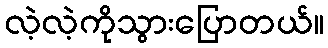
လဲ့လဲ့ကိုသွားပြောတယ်။